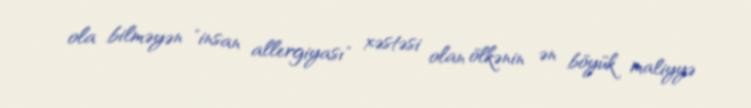
ola bilməyən "insan allergiyası" xəstəsi olan ölkənin ən böyük maliyyə